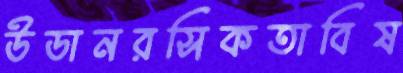
উডানরসিকতাবিষ